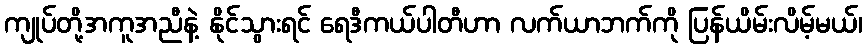
ကျုပ်တို့အကူအညီနဲ့ နိုင်သွားရင် ရေဒီကယ်ပါတီဟာ လက်ယာဘက်ကို ပြန်ယိမ်းလိမ့်မယ်၊